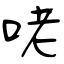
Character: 咾